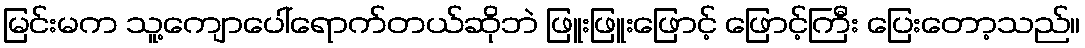
မြင်းမက သူ့ကျောပေါ်ရောက်တယ်ဆိုဘဲ ဖြူးဖြူးဖြောင့် ဖြောင့်ကြီး ပြေးတော့သည်။